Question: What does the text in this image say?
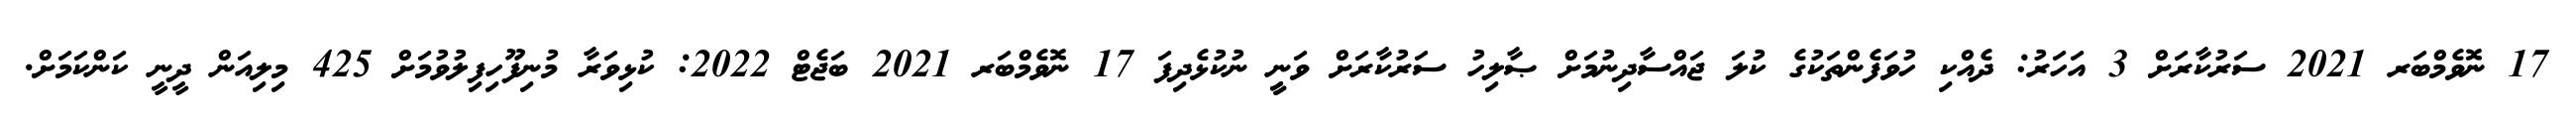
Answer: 17 ނޮވެމްބަރ 2021 ސަރުކާރަށް 3 އަހަރު: ދެއްކި ހުވަފެންތަކުގެ ކުލަ ޖައްސާދިނުމަށް ޞާލިހު ސަރުކާރަށް ވަނީީ ނުކުޅެދިފަ 17 ނޮވެމްބަރ 2021 ބަޖެޓް 2022: ކުޅިވަރާ މުނިފޫހިފިލުވުމަށް 425 މިލިއަން ދީނީ ކަންކަމަށް.